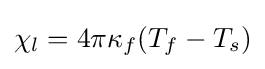
\chi _{l}=4\pi \kappa _{f}(T_{f}-T_{s})